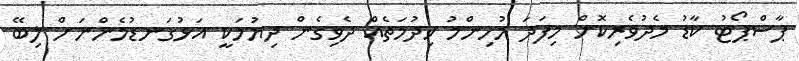
ޕާސްޕޯޓު ކާޑު މެދުވެރިކޮށް މިފަދަ މުހިންމު ޚިދުމަތެއް ދެވިގެން ދިޔުމަކީ އަޅުގަނޑުމެންނަށް ލިބޭ